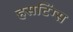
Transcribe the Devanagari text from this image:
हसटिंग्स